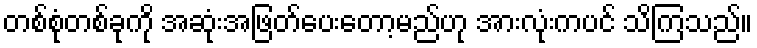
တစ်စုံတစ်ခုကို အဆုံးအဖြတ်ပေးတော့မည်ဟု အားလုံးကပင် သိကြသည်။